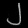
Digit: ၂